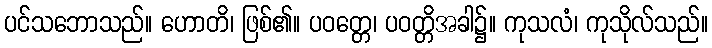
ပင်သဘောသည်။ ဟောတိ၊ ဖြစ်၏။ ပဝတ္တေ၊ ပဝတ္တိအခါ၌။ ကုသလံ၊ ကုသိုလ်သည်။